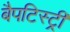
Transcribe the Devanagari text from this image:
बैपटिस्ट्री